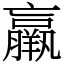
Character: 羸